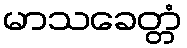
မာသခေတ္တံ